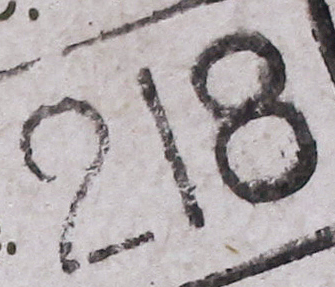
218